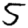
Digit: 5